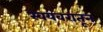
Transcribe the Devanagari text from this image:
स्वयंवरातून